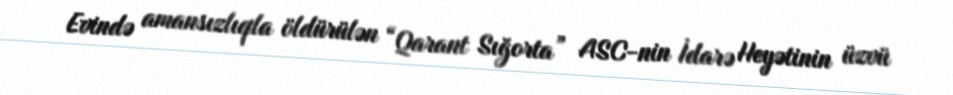
Evində amansızlıqla öldürülən “Qarant Sığorta” ASC-nin İdarə Heyətinin üzvü